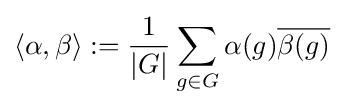
\left\langle \alpha ,\beta \right\rangle :={\frac {1}{|G|}}\sum _{g\in G}\alpha (g){\overline {\beta (g)}}